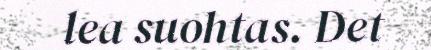
lea suohtas. Det